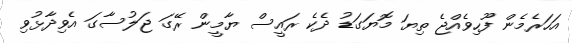
އަހަރެމެން ފޫހިވެއްޖެ ތިޔަ މޮޔަގަޑު ދެކެ ރައީސް ޔާމީން ރޭގަ ޖަލުސާގަ އެވިދާޅުވި